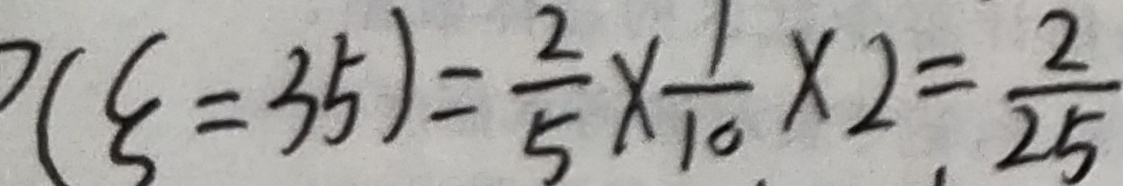
( \varepsilon = 3 5 ) = \frac { 2 } { 5 } \times \frac { 1 } { 1 0 } \times 2 = \frac { 2 } { 2 5 }